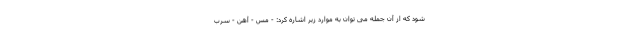
شود که از آن جمله می توان به موارد زیر اشاره کرد: - مس - آهن - سرب